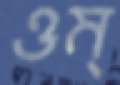
ওম্